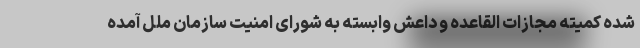
شده کمیته مجازات القاعده و داعش وابسته به شورای امنیت سازمان ملل آمده